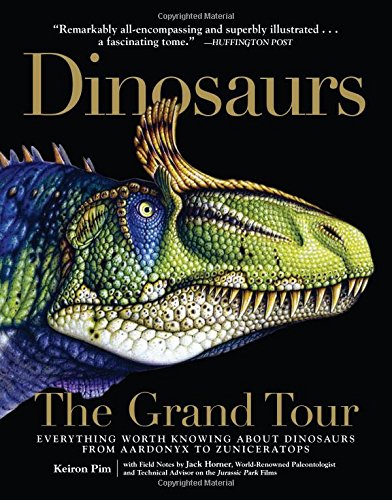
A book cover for DinosaursThe Grand Tour: Everything Worth Knowing About Dinosaurs from Aardonyx to Zuniceratops; Keiron Pim; Science & Math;